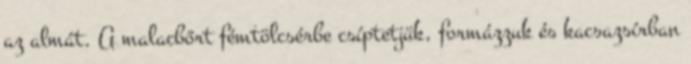
az almát. A malacbőrt fémtölcsérbe csíptetjük, formázzuk és kacsazsírban